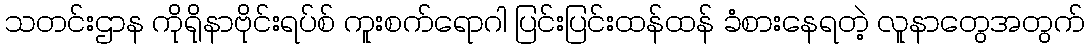
သတင်းဌာန ကိုရိုနာဗိုင်းရပ်စ် ကူးစက်ရောဂါ ပြင်းပြင်းထန်ထန် ခံစားနေရတဲ့ လူနာတွေအတွက်